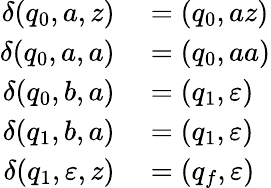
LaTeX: \begin{array}{rl}{\delta(q_{0},a,z)}&{{}=(q_{0},az)}\\ {\delta(q_{0},a,a)}&{{}=(q_{0},aa)}\\ {\delta(q_{0},b,a)}&{{}=(q_{1},\varepsilon)}\\ {\delta(q_{1},b,a)}&{{}=(q_{1},\varepsilon)}\\ {\delta(q_{1},\varepsilon,z)}&{{}=(q_{f},\varepsilon)}\end{array}